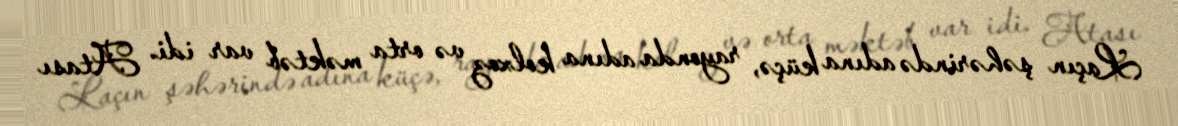
Laçın şəhərində adına küçə, rayonda adına kolxoz və orta məktəb var idi. Atası